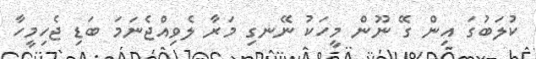
ކުލަބުގަ އިން ގޭ ނޫން މީހަކު ނޭނގި މަރާ ލެވިއްޖެނަމަ ބަޑި ޖެހިމީހާ